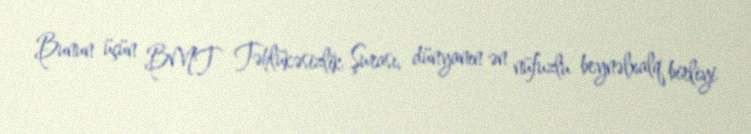
Bunun üçün BMT Təhlükəsizlik Şurası, dünyanın ən nüfuzlu beynəlxalq birliyi